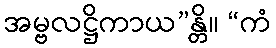
အမ္ဗလဋ္ဌိကာယ”န္တိ။ “ကံ